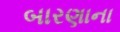
બારણાના